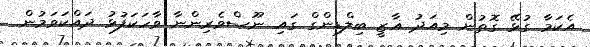
އެކަމާ ގުޅޭ ގޮތުން މިއަދު ޣާޒީ ބިލްޑިންގްް ގައި ނޫސްވެރިންނާ ވާހަކަފުޅު ދައްކަވަމުން